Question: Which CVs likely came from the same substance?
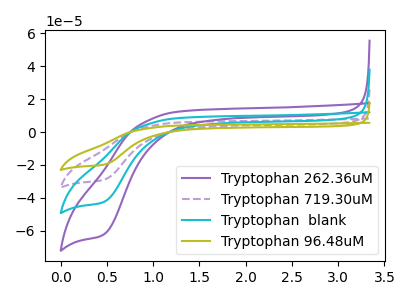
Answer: <think>The purple curve "Tryptophan 262.36uM" has a cathodic peak at: (0.45V, -62.20uA). The purple dashed curve "Tryptophan 719.30uM" has a cathodic peak at: (0.45V, -84.95uA). The cyan curve "Tryptophan  blank" has a cathodic peak at: (0.45V, -42.50uA). The olive curve "Tryptophan 96.48uM" has a cathodic peak at: (0.45V, -127.45uA).
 All the peaks in "Tryptophan 262.36uM" have a peak in "Tryptophan 719.30uM" at the same potential. Every peak in "Tryptophan 262.36uM" is lower than every peak in "Tryptophan 719.30uM". All the peaks in "Tryptophan 262.36uM" have a peak in "Tryptophan  blank" at the same potential. Every peak in "Tryptophan 262.36uM" is higher than every peak in "Tryptophan  blank". All the peaks in "Tryptophan 262.36uM" have a peak in "Tryptophan 96.48uM" at the same potential. Every peak in "Tryptophan 262.36uM" is lower than every peak in "Tryptophan 96.48uM". All the peaks in "Tryptophan 719.30uM" have a peak in "Tryptophan  blank" at the same potential. Every peak in "Tryptophan 719.30uM" is higher than every peak in "Tryptophan  blank". All the peaks in "Tryptophan 719.30uM" have a peak in "Tryptophan 96.48uM" at the same potential. Every peak in "Tryptophan 719.30uM" is lower than every peak in "Tryptophan 96.48uM". All the peaks in "Tryptophan  blank" have a peak in "Tryptophan 96.48uM" at the same potential. Every peak in "Tryptophan  blank" is lower than every peak in "Tryptophan 96.48uM".</think>
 <answer>"Tryptophan 262.36uM", "Tryptophan 719.30uM", "Tryptophan  blank" and "Tryptophan 96.48uM" have the same shape and are likely CV's of the same chemical.</answer>
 <eval>"Tryptophan 262.36uM" "Tryptophan 719.30uM" "Tryptophan  blank" "Tryptophan 96.48uM"</eval>